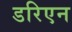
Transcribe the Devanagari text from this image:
डरिएन